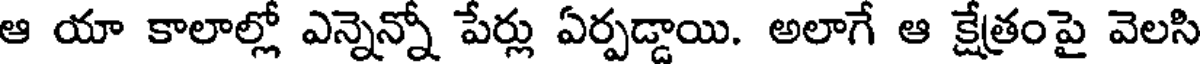
ఆ యా కాలాల్లో ఎన్నెన్నో పేర్లు ఏర్పడ్డాయి. అలాగే ఆ క్షేత్రంపై వెలసి